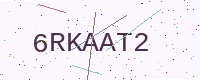
Text: 6RKAAT2